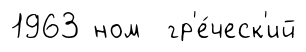
1963 ном гр'е́ческ'ий